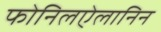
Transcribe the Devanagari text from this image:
फोनिलऐलानिन